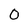
Character: 0